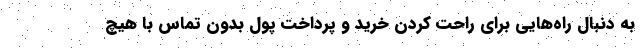
به دنبال راه‌هایی برای راحت کردن خرید و پرداخت پول بدون تماس با هیچ